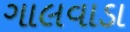
ગાલવાડા